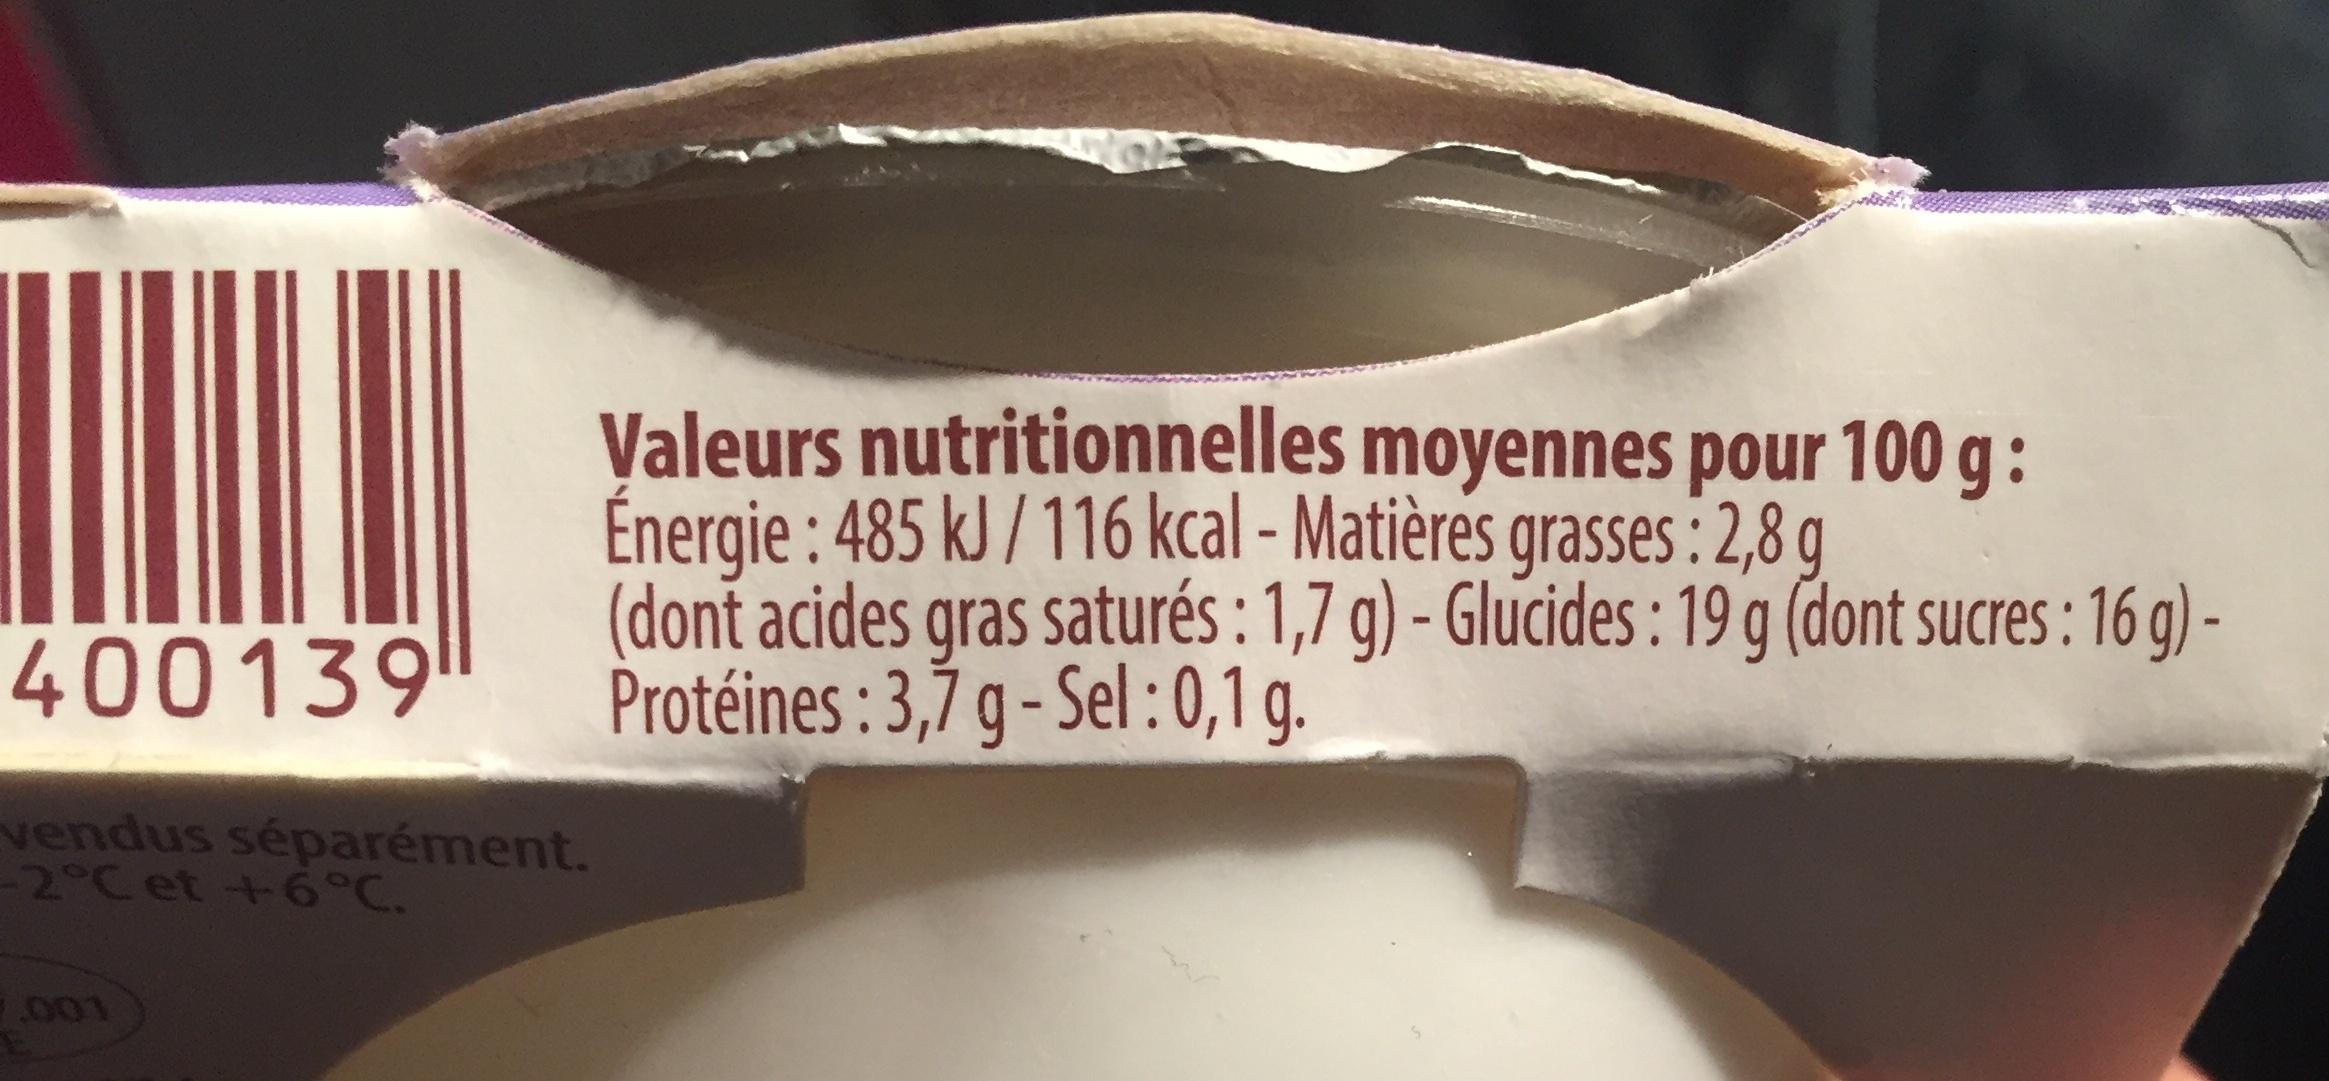
400139
vendus séparément. -2°C et +6°C.
Valeurs nutritionnelles moyennes pour 100 g: Énergie: 485 kJ/116 kcal - Matières grasses: 2,8 g
(dont acides gras saturés: 1,7 g) - Glucides: 19 g (dont sucres: 16 g) - Protéines : 3,7 g - Sel: 0,1 g.